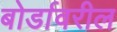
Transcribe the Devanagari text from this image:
बोर्डावरील